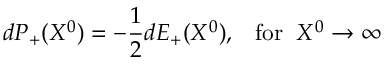
d P _ { + } ( X ^ { 0 } ) = - \frac { 1 } { 2 } d E _ { + } ( X ^ { 0 } ) , \; \; \; \mathrm { f o r } \; \; X ^ { 0 } \rightarrow \infty